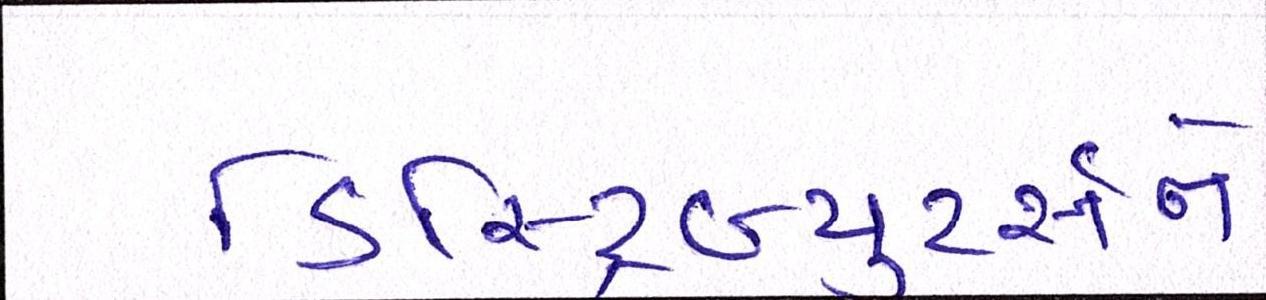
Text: ડિસ્ટ્રિબ્યુટર્સને